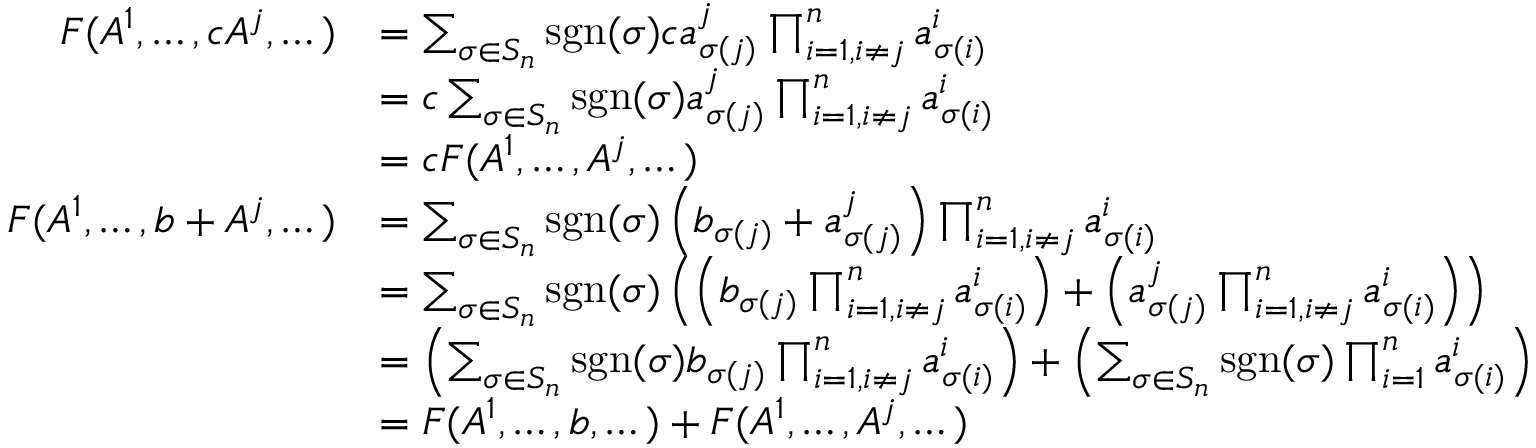
{ \begin{array} { r l } { F ( A ^ { 1 } , \dots , c A ^ { j } , \dots ) } & { = \sum _ { \sigma \in S _ { n } } \operatorname { s g n } ( \sigma ) c a _ { \sigma ( j ) } ^ { j } \prod _ { i = 1 , i \neq j } ^ { n } a _ { \sigma ( i ) } ^ { i } } \\ & { = c \sum _ { \sigma \in S _ { n } } \operatorname { s g n } ( \sigma ) a _ { \sigma ( j ) } ^ { j } \prod _ { i = 1 , i \neq j } ^ { n } a _ { \sigma ( i ) } ^ { i } } \\ & { = c F ( A ^ { 1 } , \dots , A ^ { j } , \dots ) } \\ { F ( A ^ { 1 } , \dots , b + A ^ { j } , \dots ) } & { = \sum _ { \sigma \in S _ { n } } \operatorname { s g n } ( \sigma ) \left( b _ { \sigma ( j ) } + a _ { \sigma ( j ) } ^ { j } \right) \prod _ { i = 1 , i \neq j } ^ { n } a _ { \sigma ( i ) } ^ { i } } \\ & { = \sum _ { \sigma \in S _ { n } } \operatorname { s g n } ( \sigma ) \left( \left( b _ { \sigma ( j ) } \prod _ { i = 1 , i \neq j } ^ { n } a _ { \sigma ( i ) } ^ { i } \right) + \left( a _ { \sigma ( j ) } ^ { j } \prod _ { i = 1 , i \neq j } ^ { n } a _ { \sigma ( i ) } ^ { i } \right) \right) } \\ & { = \left( \sum _ { \sigma \in S _ { n } } \operatorname { s g n } ( \sigma ) b _ { \sigma ( j ) } \prod _ { i = 1 , i \neq j } ^ { n } a _ { \sigma ( i ) } ^ { i } \right) + \left( \sum _ { \sigma \in S _ { n } } \operatorname { s g n } ( \sigma ) \prod _ { i = 1 } ^ { n } a _ { \sigma ( i ) } ^ { i } \right) } \\ & { = F ( A ^ { 1 } , \dots , b , \dots ) + F ( A ^ { 1 } , \dots , A ^ { j } , \dots ) } \end{array} }